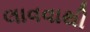
લાવવાથી